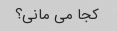
کجا می مانی؟